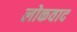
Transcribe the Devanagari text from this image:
लोकवाद